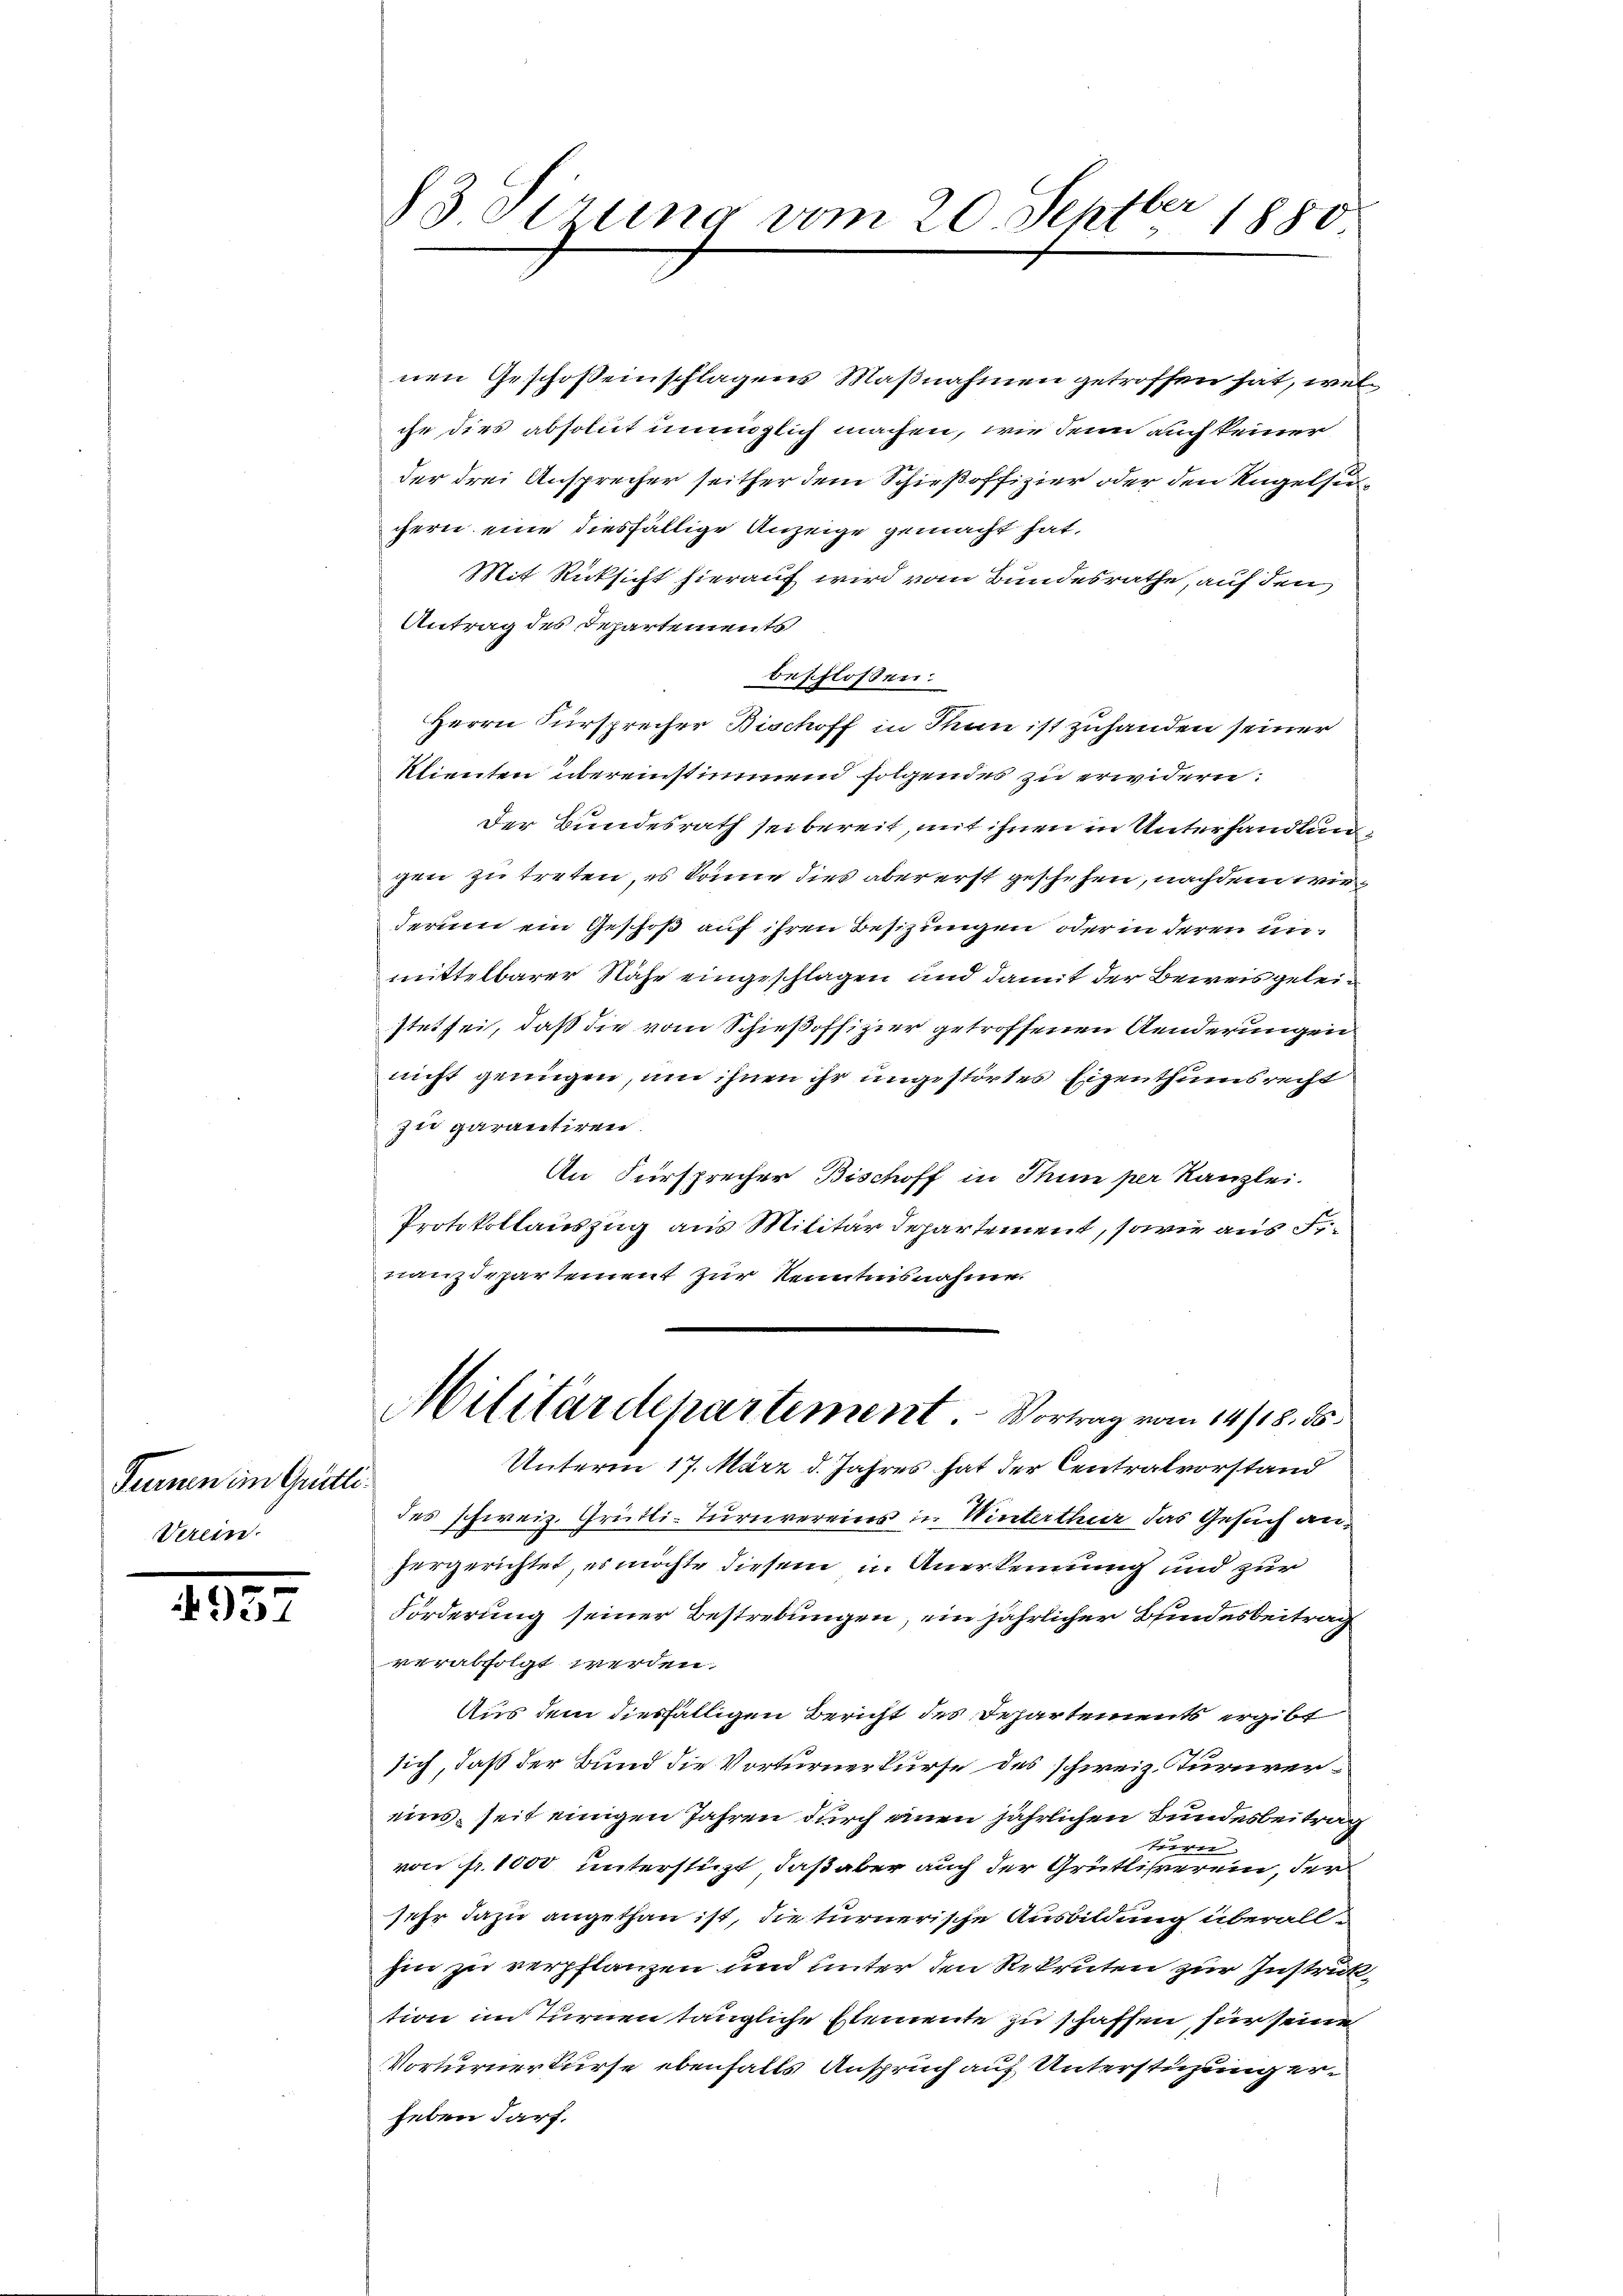
Summenenthallle
Verein.

4957

83 Sirung vom 20. Septbr 1880

nen Geschoßeinschlagens Maßnahmen getroffen hat, wel
che dies absolut unmöglich machen, wie denn auch keiner
der drei Ansprecher seither dem Schießoffizier oder den Kugelsuchern eine diesfällige Anzeige gemacht hat,
Mit Rücksicht hierauf wird vom Bundesrathe, auf den
Antrag des Departements
beschlossen:
Herrn Fürsprecher Bischoff in Thun ist zuhanden seiner
Klienten übereinstimmen folgendes zu erwidern:
Der Bundesrath sei bereit, mit ihnen in Unterhandlun
gen zu treten, es könne dies aber erst geschehen, nachdem wiederum ein Geschoß auf ihren Besizungen oder in deren unmittelbarer Nähe eingeschlagen und damit der Beweis geteistet sei, daß die vom Schießoffizier getroffenen Aenderungen
nicht genügen, um ihnen ihr ungestörtes Eigenthumsrecht
zu parantiren.
An Fürsprecher Bischoff in Thun per Kanzlei.
Protokollauszug aus Militärdepartement, sowie aus d
nanzdepartement zur Kenntnisnahme.
Militärdepartement. Vortrag vom 14/18. ds.
Unterm 17. März d. Jahres hat der Centralvorstand
des schweiz. Grütli-Turnvereins in Winterthur das Gesuch anhergerichtet, es möchte diesem in Anerkennung und zur
Förderung seiner Bestrebungen, ein jährlicher Bundesbeitrag
verabfolgt werden.
Aus dem diesfälligen Bericht des Dechartements ergibt
sich, daß der Bund die Vorturnerkurse des schweiz. Turnvereins, seit einigen Jahren durch einen jährlichen Bundesbeitrag
turn.
von f. 1000 unterstüzt, daß aber auch der Grütlihrerein, der
sehr dazu angethan ist, die turnerische Ausbildung überallhin zu verpflanzen und unter den Rekruten zur Instruktion im Turnen tängliche Estemente zu schaffen, für seine
Vorturner kurse ebenfalls Anspruch auf Unterstüzung erheben darf.